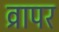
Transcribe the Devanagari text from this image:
व्रापर